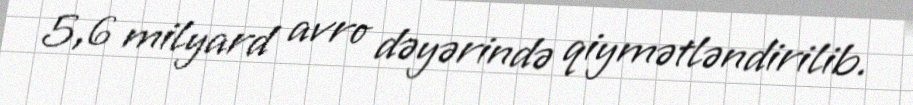
5,6 milyard avro dəyərində qiymətləndirilib.